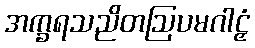
အက္ခရသညိတဩပမဂါဠှံ